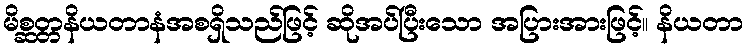
မိစ္ဆတ္တနိယတာနံအစရှိသည်ဖြင့် ဆိုအပ်ပြီးသော အပြားအားဖြင့်။ နိယတာ